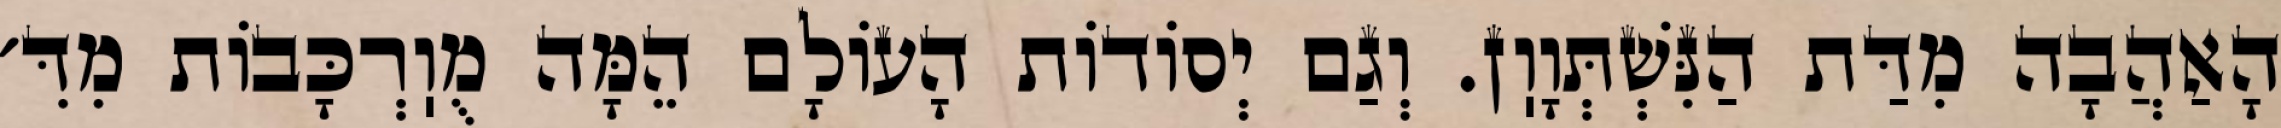
הָאַהֲבָה מִדַּת הַנִּשְׁתְּוָוֽן. וְגַם יְסוֹדוֹת הָעוֹלָם הֵמָּה מֻוֽרְכָּבוֹת מִדִּ׳